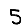
Digit: 5